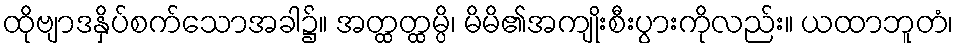
ထိုဗျာဒနှိပ်စက်သောအခါ၌။ အတ္ထတ္ထမ္ပိ၊ မိမိ၏အကျိုးစီးပွားကိုလည်း။ ယထာဘူတံ၊